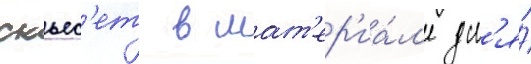
скьес'ет в мат'ер'иа́л'е дл'я́